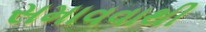
સમાવવાથી